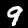
Digit: 9